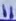
Text: 11